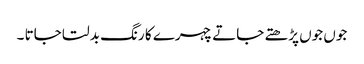
جوں جوں پڑھتے جاتے چہرے کا رنگ بدلتا جاتا ۔